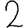
Digit: 2